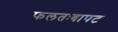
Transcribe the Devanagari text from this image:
फलतःबापट